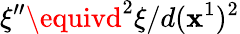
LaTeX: \xi^{\prime\prime}\equivd^{2}\xi/d(\mathbf{x}^{1})^{2}